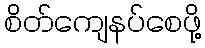
စိတ်ကျေနပ်စေဖို့